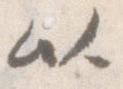
以